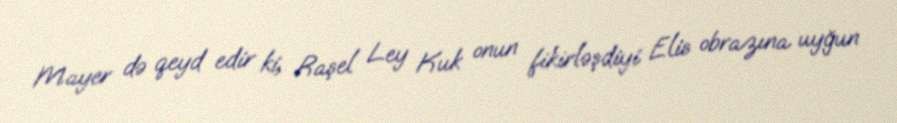
Mayer də qeyd edir ki, Raşel Ley Kuk onun fikirləşdiyi Elis obrazına uyğun